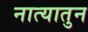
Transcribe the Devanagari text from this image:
नात्यातुन